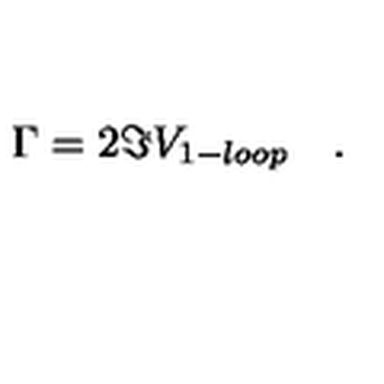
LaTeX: \Gamma = 2 \Im V _ { 1 - l o o p } \quad .